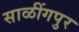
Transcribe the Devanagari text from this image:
साळींगपुर